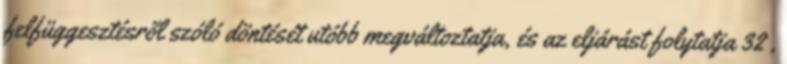
felfüggesztésről szóló döntését utóbb megváltoztatja, és az eljárást folytatja 32 ,